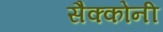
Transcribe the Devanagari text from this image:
सैक्कोनी